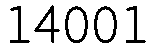
14001